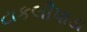
ટાકલીપાડા